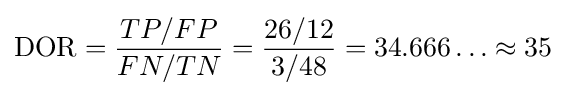
{\text{DOR}}={\frac {TP/FP}{FN/TN}}={\frac {26/12}{3/48}}=34.666\ldots \approx 35